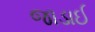
જાડાઈ